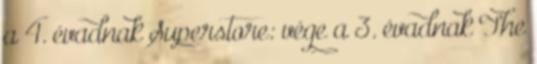
a 4. évadnak Superstore: vége a 3. évadnak The